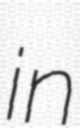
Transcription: in